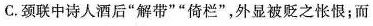
C.颈联中诗人酒后”解带””倚栏”，外显被贬之怅恨；而